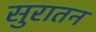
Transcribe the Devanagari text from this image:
सुरातन